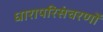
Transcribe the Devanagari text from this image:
धारापरिसंचरणों